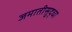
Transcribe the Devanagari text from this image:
जमातीसुद्धा